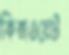
কিজওয়েট